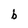
Character: b